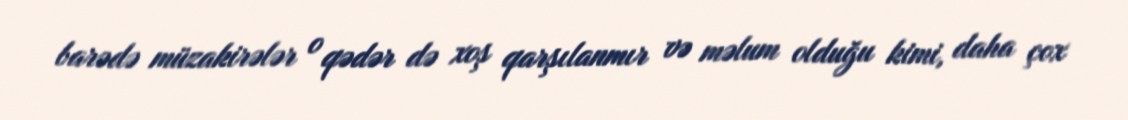
barədə müzakirələr o qədər də xoş qarşılanmır və məlum olduğu kimi, daha çox